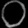
Digit: ၀